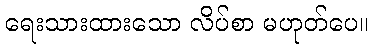
ရေးသားထားသော လိပ်စာ မဟုတ်ပေ။